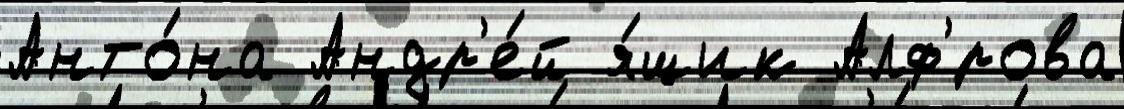
Анто́на Андр'е́й я́щик Алф'́рова